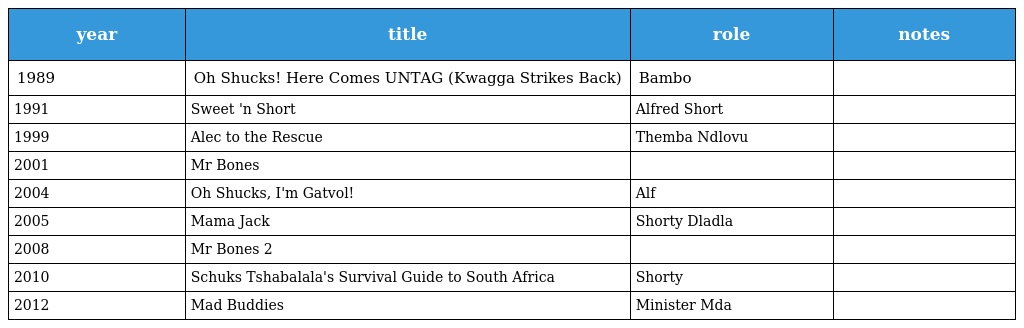
| year | title | role | notes |
 | --- | --- | --- | --- |
 | 1989 | Oh Shucks! Here Comes UNTAG (Kwagga Strikes Back) | Bambo |  |
 | 1991 | Sweet 'n Short | Alfred Short |  |
 | 1999 | Alec to the Rescue | Themba Ndlovu |  |
 | 2001 | Mr Bones |  |  |
 | 2004 | Oh Shucks, I'm Gatvol! | Alf |  |
 | 2005 | Mama Jack | Shorty Dladla |  |
 | 2008 | Mr Bones 2 |  |  |
 | 2010 | Schuks Tshabalala's Survival Guide to South Africa | Shorty |  |
 | 2012 | Mad Buddies | Minister Mda |  |